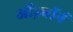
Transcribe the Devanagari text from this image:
ऑज़्बॉर्न